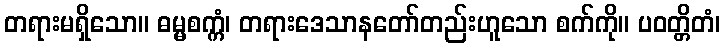
တရားမရှိသော။ ဓမ္မစက္ကံ၊ တရားဒေသာနတော်တည်းဟူသော စက်ကို။ ပဝတ္တိတံ၊